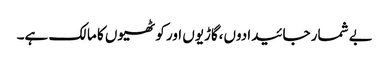
بے شمار جائیدادوں،گاڑیوں اور کوٹھیوں کا مالک ہے۔